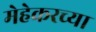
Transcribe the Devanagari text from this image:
मेहेकरच्या